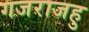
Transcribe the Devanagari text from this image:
गजराजहु